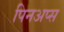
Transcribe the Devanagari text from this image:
पिनअप्स